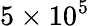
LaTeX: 5\times 10^{5}